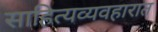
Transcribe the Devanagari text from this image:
साहित्यव्यवहारात